Report on vaccination in Madras 1877-1894 - 1877-1894
Year: 1877
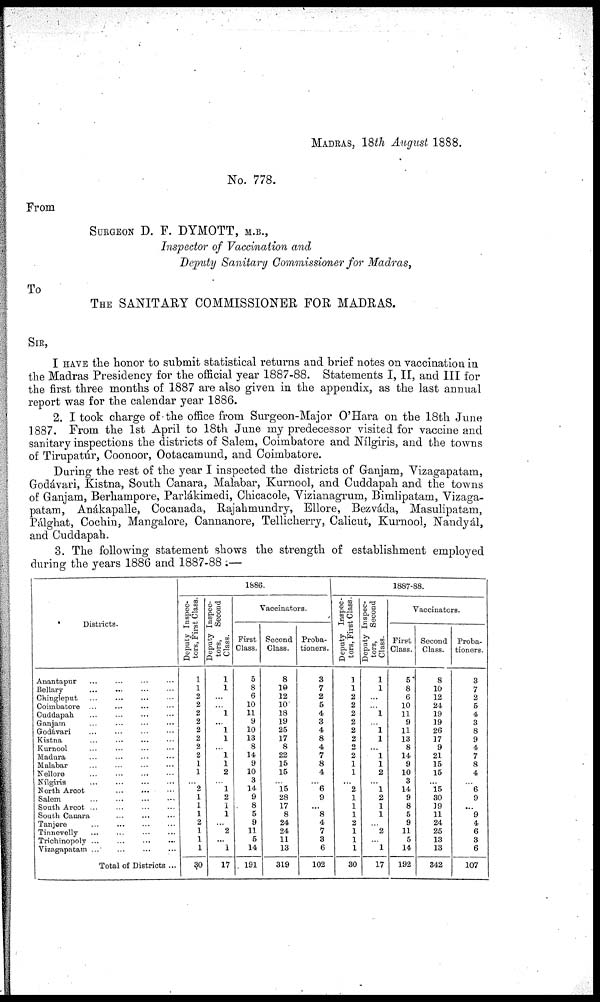
MADRAS, 18th August 1888.
No. 778.
From
SURGEON D. F. DYMOTT, M.B.,
Inspector of Vaccination and
Deputy Sanitary Commissioner for Madras,
To
THE SANITARY COMMISSIONER FOR MADRAS.
SIR,
I HAVE the honor to submit statistical returns and brief notes on vaccination in
the Madras Presidency for the official year 1887-88. Statements I, II, and III for
the first three months of 1887 are also given in the appendix, as the last annual
report was for the calendar year 1886.
2. I took charge of the office from Surgeon-Major O'Hara on the 18th June
1887. From the 1st April to 18th June my predecessor visited for vaccine and
sanitary inspections the districts of Salem, Coimbatore and Nílgiris, and the towns
of Tirupatúr, Coonoor, Ootacamund, and Coimbatore.
During the rest of the year I inspected the districts of Ganjam, Vizagapatam,
Godávari, Kistna, South Canara, Malabar, Kurnool, and Cuddapah and the towns
of Ganjam, Berhampore, Parlákimedi, Chicacole, Vizianagrum, Bimlipatam, Vizaga-
patam, Anákapalle, Cocanada, Rajahmundry, Ellore, Bezváda, Masulipatam,
Pálghat, Cochin, Mangalore, Cannanore, Tellicherry, Calicut, Kurnool, Nandyál,
and Cuddapah.
3. The following statement shows the strength of establishment employed
during the years 1886 and 1887-88:—
Districts.
Anantapur ... ... ... ...
Bellary
...
...
...
...
Chingleput ... ... ... ...
Coimbatore ... ... ... ...
Cuddapah ... ... ... ...
Ganjam ... ... ... ...
Godávari ... ... ... ...
Kistna ... ... ... ...
Kurnool ... ... ... ...
Madura
...
...
...
...
Malabar
...
...
...
...
Nellore ... ... ... ...
Nílgiris ... ... ... ...
North Arcot
...
...
...
Salem
...
...
...
...
South Arcot
...
...
...
...
South Canara ... ... ...
Tanjore
...
...
...
...
Tinnevelly ... ... ... ...
Trichinopoly
...
...
...
...
Vizagapatam ... ... ... ...
Total of Districts ...
1886.
Deputy Inspec-
tors, First Class.
1
1
2
2
2
2
2
2
2
2
1
1
...
2
1
1
1
2
1
1
1
30
Deputy Inspec-
tors, Second
Class.
1
1
...
...
1
... 1
1
...
1
1
2
...
1
2
1
1
...
2
...
1
17
Vaccinators.
First
Class.
5
8
6
10
11
9
10
13
8
14
9
10
3
14
9
8
5
9
11
5
14
191
Second
Class.
8
10
12
10
18
19
25
17
8
22
15
15
...
15
28
17
8
24
24
11
13
319
Proba-
tioners.
3
7
2
5
4
3
4
8
4
7
8
4
...
6
9
...
8
4
7
3
6
102
1887-88.
Deputy Inspec-
tors, First Class.
1
1
2
2
2
2
2
2
2
2
1
1
...
2
1
1
1
2
1
1
1
30
Deputy Inspec-
tors,
Second
Class.
1
1
...
...
1
...
1 1
...
1
1
2
...
1
2
1
1
...
2
...
1
17
Vaccinators.
First
Class.
5
8
6
10
11
9
11
13
8
14
9
10
3
14
9
8
5
9
11
5
14
192
Second
Class.
8
10
12
24
19
19
26
17
9
21
15
15
...
15
30
19
11
24
25
13
13
342
Proba-
tioners.
3
7
2
5
4
3
8
9
4
7
8
4
...
6
9
...
9
4
6
3
6
107